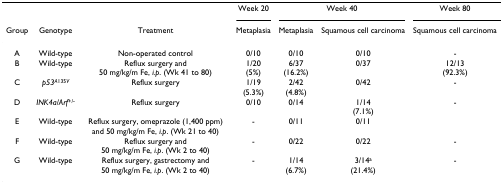
<table><thead><tr><td>[EMPTY_CELL]</td><td>[EMPTY_CELL]</td><td>[EMPTY_CELL]</td><td><b>Week 20</b></td><td colspan="2"><b>Week 40</b></td><td><b>Week 80</b></td></tr><tr><td><b>Group</b></td><td><b>Genotype</b></td><td><b>Treatment</b></td><td><b>Metaplasia</b></td><td><b>Metaplasia</b></td><td><b>Squamous cell carcinoma</b></td><td><b>Squamous cell carcinoma</b></td></tr></thead><tbody><tr><td>A</td><td>Wild-type</td><td>Non-operated control</td><td>0/10</td><td>0/10</td><td>0/10</td><td>-</td></tr><tr><td>B</td><td>Wild-type</td><td>Reflux surgery and50 mg/kg/m Fe, <i>i.p</i>. (Wk 41 to 80)</td><td>1/20(5%)</td><td>6/37(16.2%)</td><td>0/37</td><td>12/13(92.3%)</td></tr><tr><td>C</td><td><i>p53</i><sup><i>A</i>135<i>V</i></sup></td><td>Reflux surgery</td><td>1/19(5.3%)</td><td>2/42(4.8%)</td><td>0/42</td><td>-</td></tr><tr><td>D</td><td><i>INK4a/Arf</i><sup>+/-</sup></td><td>Reflux surgery</td><td>0/10</td><td>0/14</td><td>1/14(7.1%)</td><td>-</td></tr><tr><td>E</td><td>Wild-type</td><td>Reflux surgery, omeprazole (1,400 ppm) and 50 mg/kg/m Fe, <i>i.p</i>. (Wk 21 to 40)</td><td>-</td><td>0/11</td><td>0/11</td><td>[EMPTY_CELL]</td></tr><tr><td>F</td><td>Wild-type</td><td>Reflux surgery and50 mg/kg/m Fe, <i>i.p</i>. (Wk 2 to 40)</td><td>-</td><td>0/22</td><td>0/22</td><td>-</td></tr><tr><td>G</td><td>Wild-type</td><td>Reflux surgery, gastrectomy and50 mg/kg/m Fe, <i>i.p</i>. (Wk 2 to 40)</td><td>-</td><td>1/14(6.7%)</td><td>3/14<sup>a</sup>(21.4%)</td><td>-</td></tr></tbody></table>